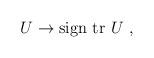
LaTeX: \begin{align*}U \rightarrow \mbox{sign tr } U \ ,\end{align*}